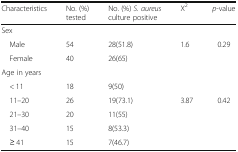
<table><thead><tr><td><b>Characteristics</b></td><td><b>No. (%)tested</b></td><td><b>No. (%) <i>S. aureus</i>culture positive</b></td><td><b>X<sup>2</sup></b></td><td><b><i>p</i>-value</b></td></tr></thead><tbody><tr><td colspan="5">Sex</td></tr><tr><td> Male</td><td>54</td><td>28(51.8)</td><td>1.6</td><td>0.29</td></tr><tr><td> Female</td><td>40</td><td>26(65)</td><td></td><td></td></tr><tr><td colspan="5">Age in years</td></tr><tr><td> &lt; 11</td><td>18</td><td>9(50)</td><td></td><td></td></tr><tr><td> 11–20</td><td>26</td><td>19(73.1)</td><td>3.87</td><td>0.42</td></tr><tr><td> 21–30</td><td>20</td><td>11(55)</td><td></td><td></td></tr><tr><td> 31–40</td><td>15</td><td>8(53.3)</td><td></td><td></td></tr><tr><td> ≥ 41</td><td>15</td><td>7(46.7)</td><td></td><td></td></tr></tbody></table>